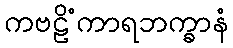
ကဗဠိံကာရဘက္ခာနံ